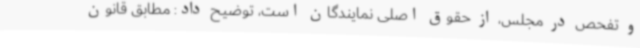
و تفحص در مجلس، از حقوق اصلی نمایندگان است، توضیح داد: مطابق قانون